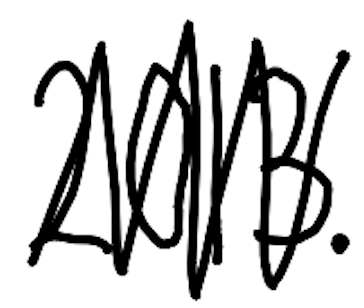
Text: 2013.
Cross-out: zig-zag
Writing tool: digital_black